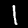
Label: 1